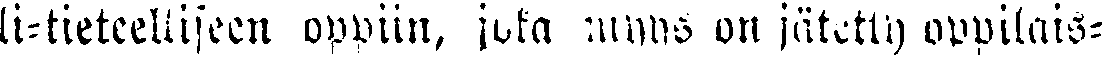
li-tieteelliseen oppiin, joka myys on jätetty oppilais-